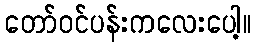
တော်ဝင်ပန်းကလေးပေါ့။